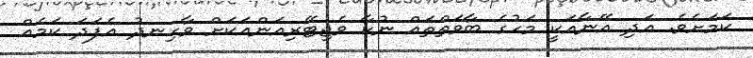
ކަމަށެވެ. އަދި އޭނާއަކީ މަހުގެ ބާވަތްތައް ނުކާ ވެޖިޓޭރިއަންއަކަށް ވާހިނދު އެފަދަ ކަމެއް